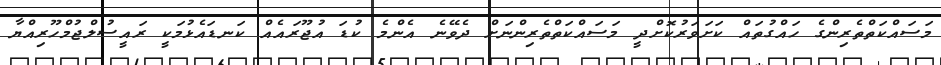
މަސައްކަތްތެރިންގެ ހައްގުތައް ކަށަވަރުކޮށްދީ މަސައްކަތްތެރިންނަށް ދެވޭނެ އެންމެ ކުޑަ އުޖޫރައެއް ކަނޑައެޅުމަކީ ރައީސުލްޖުމްހޫރިއްޔާ